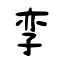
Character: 孪